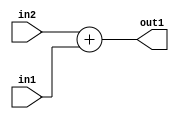
`timescale 1ps / 1ps
/*****************************************************************************
    Verilog RTL Description
    
    
    Created by: Stratus DpOpt 21.05.01 
*******************************************************************************/

module SobelFilter_Add_32Sx2U_32S_4 (
	in2,
	in1,
	out1
	); /* architecture "behavioural" */ 
input [31:0] in2;
input [1:0] in1;
output [31:0] out1;
wire [31:0] asc001;

assign asc001 = 
	+(in2)
	+(in1);

assign out1 = asc001;
endmodule

/* CADENCE  ubL0Sgo= : u9/ySxbfrwZIxEzHVQQV8Q== ** DO NOT EDIT THIS LINE ******/